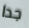
جدا